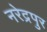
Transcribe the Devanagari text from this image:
नरेद्रपुर